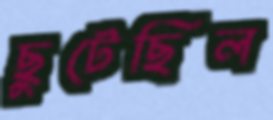
ছুটেছিল